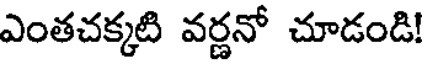
ఎంతచక్కటి వర్ణనో చూడండి!